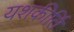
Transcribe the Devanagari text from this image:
यशकीर्ति